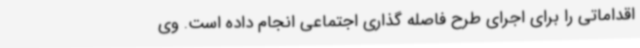
اقداماتی را برای اجرای طرح فاصله گذاری اجتماعی انجام داده است. وی